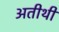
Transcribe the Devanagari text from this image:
अतीथी